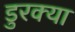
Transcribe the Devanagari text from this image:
डुरक्या